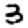
Digit: 3